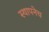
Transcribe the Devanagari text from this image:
स्थापनेच